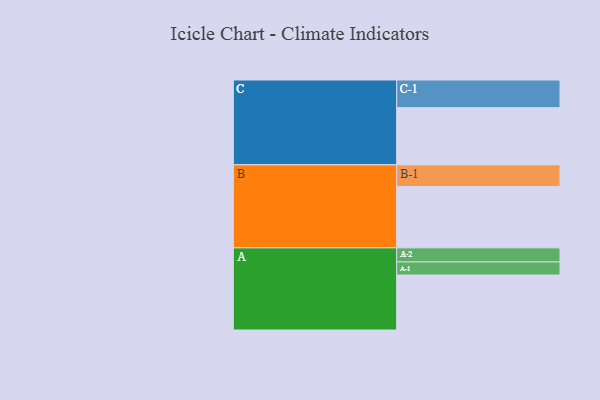
{"axis": {"x": "Segment", "y": "Value"}, "legend": ["", "A", "B", "C"], "data": [{"x": "A", "y": 488, "type": ""}, {"x": "B", "y": 545, "type": ""}, {"x": "C", "y": 507, "type": ""}, {"x": "A-1", "y": 116, "type": "A"}, {"x": "A-2", "y": 125, "type": "A"}, {"x": "B-1", "y": 192, "type": "B"}, {"x": "C-1", "y": 246, "type": "C"}]}